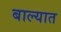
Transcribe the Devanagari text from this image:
बाल्यात